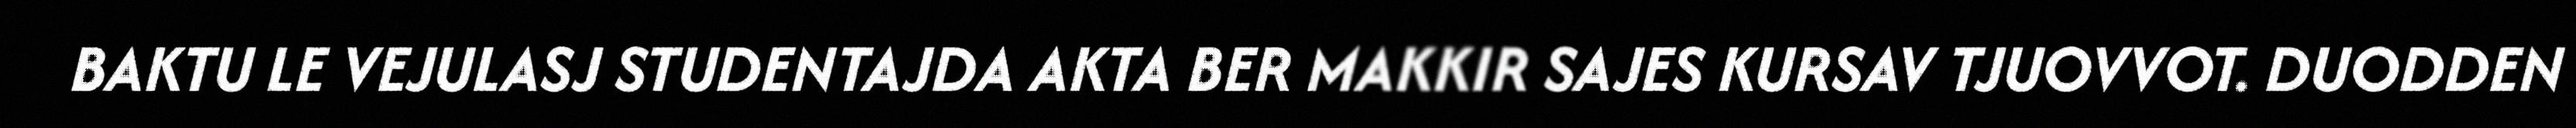
BAKTU LE VEJULASJ STUDENTAJDA AKTA BER MAKKIR SAJES KURSAV TJUOVVOT. DUODDEN